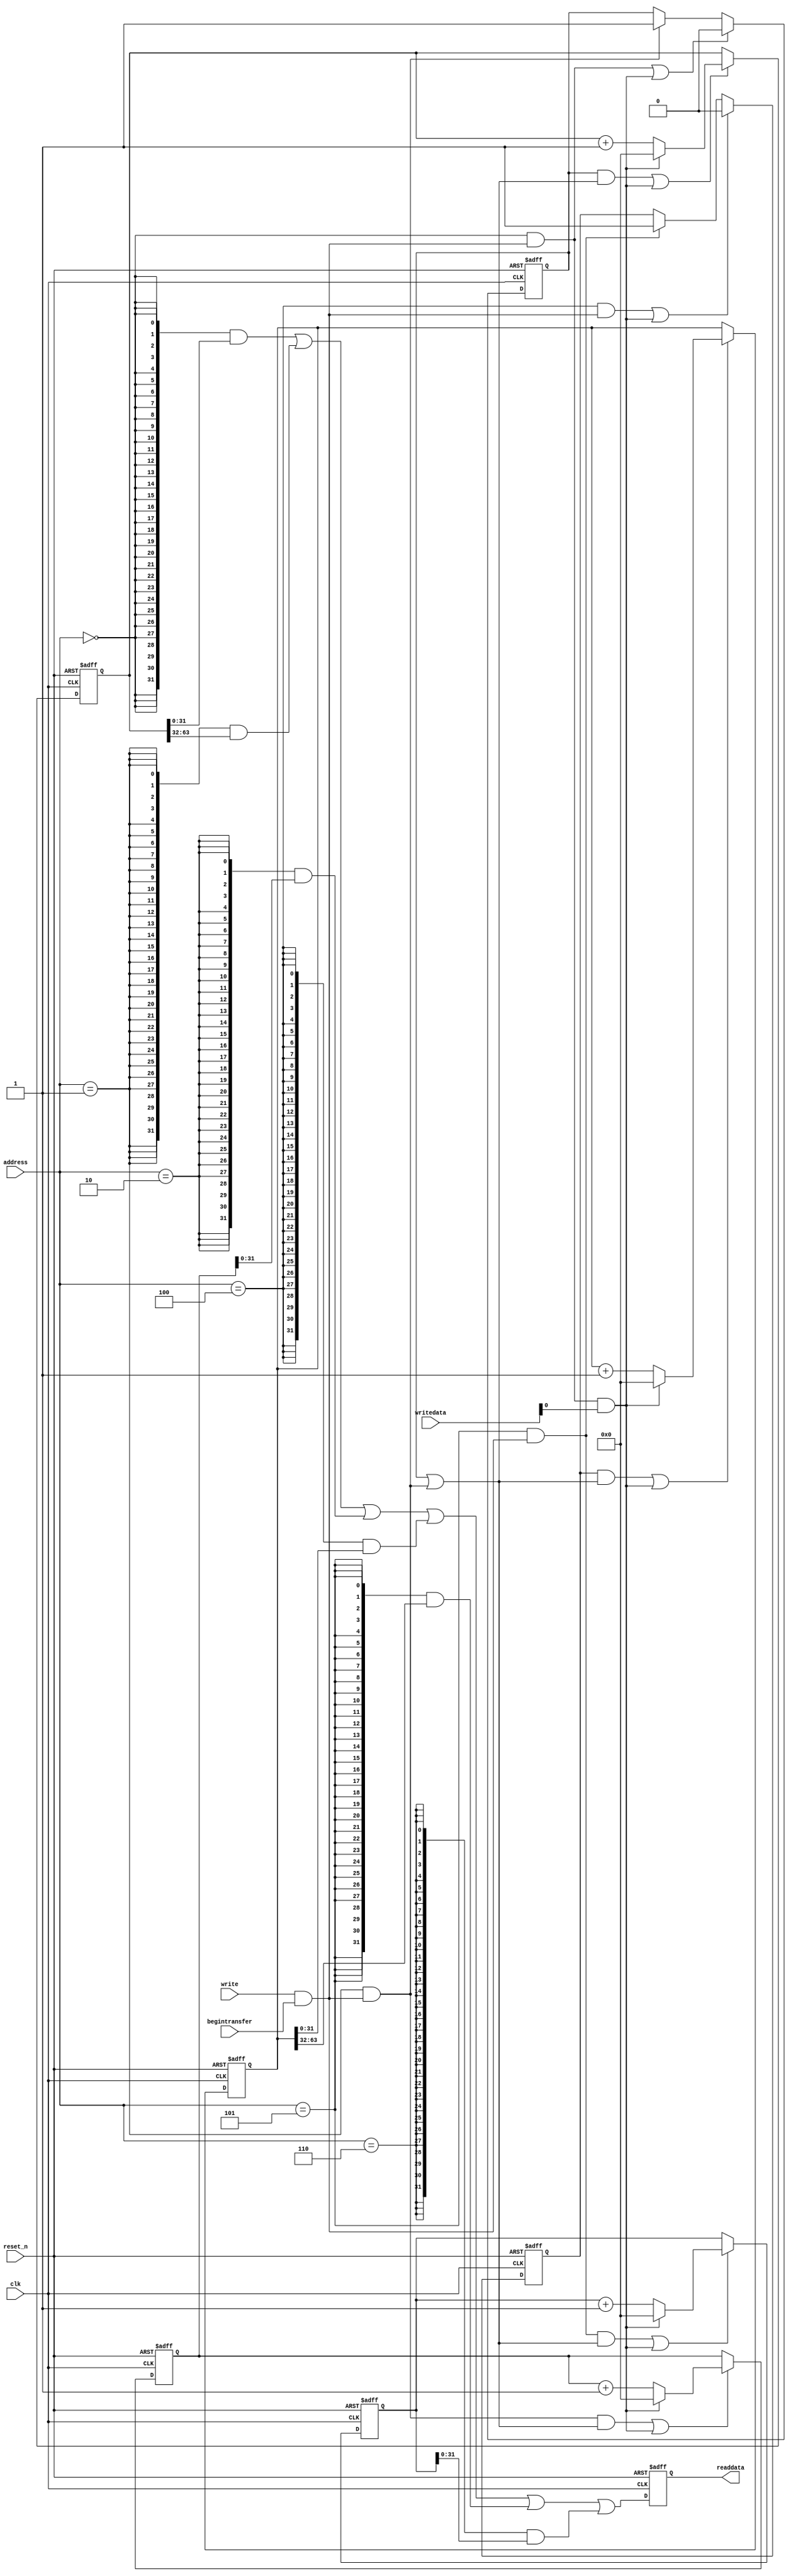
//Legal Notice: (C)2011 Altera Corporation. All rights reserved.  Your
//use of Altera Corporation's design tools, logic functions and other
//software and tools, and its AMPP partner logic functions, and any
//output files any of the foregoing (including device programming or
//simulation files), and any associated documentation or information are
//expressly subject to the terms and conditions of the Altera Program
//License Subscription Agreement or other applicable license agreement,
//including, without limitation, that your use is for the sole purpose
//of programming logic devices manufactured by Altera and sold by Altera
//or its authorized distributors.  Please refer to the applicable
//agreement for further details.

// synthesis translate_off
`timescale 1ns / 1ps
// synthesis translate_on

// turn off superfluous verilog processor warnings 
// altera message_level Level1 
// altera message_off 10034 10035 10036 10037 10230 10240 10030 

module performance_counter_0 (
                               // inputs:
                                address,
                                begintransfer,
                                clk,
                                reset_n,
                                write,
                                writedata,

                               // outputs:
                                readdata
                             )
;

  output  [ 31: 0] readdata;
  input   [  2: 0] address;
  input            begintransfer;
  input            clk;
  input            reset_n;
  input            write;
  input   [ 31: 0] writedata;

  wire             clk_en;
  reg     [ 63: 0] event_counter_0;
  reg     [ 63: 0] event_counter_1;
  wire             global_enable;
  wire             global_reset;
  wire             go_strobe_0;
  wire             go_strobe_1;
  wire    [ 31: 0] read_mux_out;
  reg     [ 31: 0] readdata;
  wire             stop_strobe_0;
  wire             stop_strobe_1;
  reg     [ 63: 0] time_counter_0;
  reg     [ 63: 0] time_counter_1;
  reg              time_counter_enable_0;
  reg              time_counter_enable_1;
  wire             write_strobe;
  //control_slave, which is an e_avalon_slave
  assign clk_en = -1;
  assign write_strobe = write & begintransfer;
  always @(posedge clk or negedge reset_n)
    begin
      if (reset_n == 0)
          time_counter_0 <= 0;
      else if ((time_counter_enable_0 & global_enable) | global_reset)
          if (global_reset)
              time_counter_0 <= 0;
          else 
            time_counter_0 <= time_counter_0 + 1;
    end


  always @(posedge clk or negedge reset_n)
    begin
      if (reset_n == 0)
          event_counter_0 <= 0;
      else if ((go_strobe_0 & global_enable) | global_reset)
          if (global_reset)
              event_counter_0 <= 0;
          else 
            event_counter_0 <= event_counter_0 + 1;
    end


  assign stop_strobe_0 = (address == 0) && write_strobe;
  assign go_strobe_0 = (address == 1) && write_strobe;
  always @(posedge clk or negedge reset_n)
    begin
      if (reset_n == 0)
          time_counter_enable_0 <= 0;
      else if (clk_en)
          if (stop_strobe_0 | global_reset)
              time_counter_enable_0 <= 0;
          else if (go_strobe_0)
              time_counter_enable_0 <= -1;
    end


  assign global_enable = time_counter_enable_0 | go_strobe_0;
  assign global_reset = stop_strobe_0 && writedata[0];
  always @(posedge clk or negedge reset_n)
    begin
      if (reset_n == 0)
          time_counter_1 <= 0;
      else if ((time_counter_enable_1 & global_enable) | global_reset)
          if (global_reset)
              time_counter_1 <= 0;
          else 
            time_counter_1 <= time_counter_1 + 1;
    end


  always @(posedge clk or negedge reset_n)
    begin
      if (reset_n == 0)
          event_counter_1 <= 0;
      else if ((go_strobe_1 & global_enable) | global_reset)
          if (global_reset)
              event_counter_1 <= 0;
          else 
            event_counter_1 <= event_counter_1 + 1;
    end


  assign stop_strobe_1 = (address == 4) && write_strobe;
  assign go_strobe_1 = (address == 5) && write_strobe;
  always @(posedge clk or negedge reset_n)
    begin
      if (reset_n == 0)
          time_counter_enable_1 <= 0;
      else if (clk_en)
          if (stop_strobe_1 | global_reset)
              time_counter_enable_1 <= 0;
          else if (go_strobe_1)
              time_counter_enable_1 <= -1;
    end


  assign read_mux_out = ({32 {(address == 0)}} & time_counter_0[31 : 0]) |
    ({32 {(address == 1)}} & time_counter_0[63 : 32]) |
    ({32 {(address == 2)}} & event_counter_0) |
    ({32 {(address == 4)}} & time_counter_1[31 : 0]) |
    ({32 {(address == 5)}} & time_counter_1[63 : 32]) |
    ({32 {(address == 6)}} & event_counter_1);

  always @(posedge clk or negedge reset_n)
    begin
      if (reset_n == 0)
          readdata <= 0;
      else if (clk_en)
          readdata <= read_mux_out;
    end



endmodule